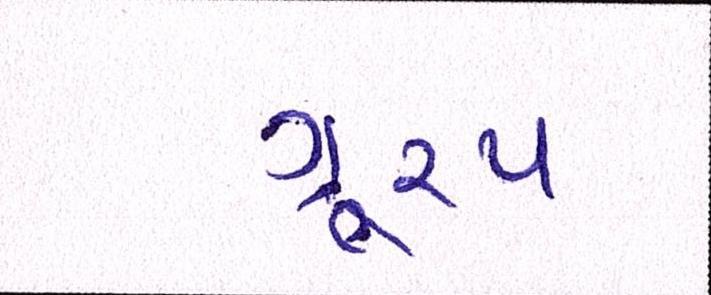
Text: ગૂ્રપ